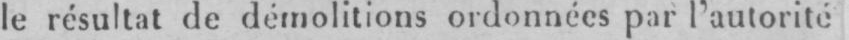
le résultat de démolitions ordonnées par l’autorité